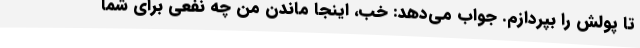
تا پولش را بپردازم. جواب می‌دهد: خب، اینجا ماندن من چه نفعی برای شما